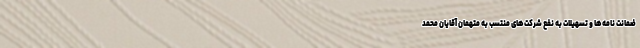
ضمانت نامه‌ها و تسهیلات به نفع شرکت‌های منتسب به متهمان آقایان محمد